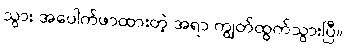
သွား အပေါက်ဖာထားတဲ့ အရာ ကျွတ်ထွက်သွားပြီ။